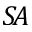
S \! A